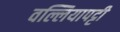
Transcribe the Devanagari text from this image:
वल्लियापट्टी